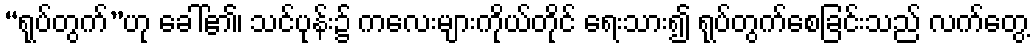
“ရုပ်တွက်”ဟု ခေါ်၏၊ သင်ပုန်း၌ ကလေးများကိုယ်တိုင် ရေးသား၍ ရုပ်တွက်စေခြင်းသည် လက်တွေ့